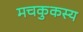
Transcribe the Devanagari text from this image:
मचकुकस्य